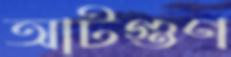
আটগুণ